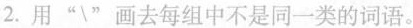
2.用”\”画去每组中不是同一类的词语。